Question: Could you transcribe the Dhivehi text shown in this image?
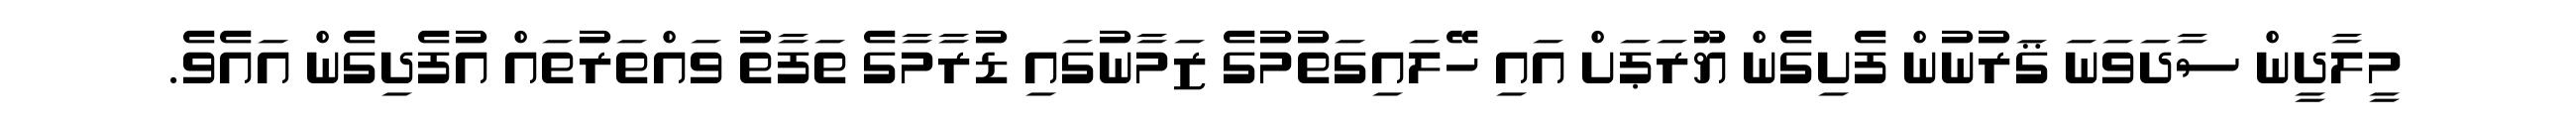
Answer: މީލާދީން ސާދަވަނަ ޤަރުނުން ފެށިގެން ޔޫރަޕަށް އައި ހޭލައިގަތުމުގެ ޒަމާނުގައި ޑުރާމާގެ ތަފާތު ވައްތަރުތައް އުފެދިގެން އައެވެ.